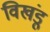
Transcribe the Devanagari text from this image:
विखंडू